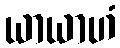
ယာယာဟံ